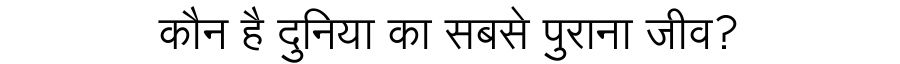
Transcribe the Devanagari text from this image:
कौन है दुनिया का सबसे पुराना जीव?